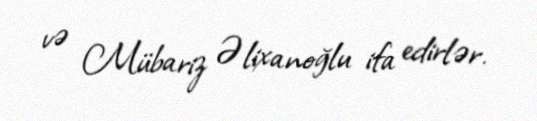
və Mübariz Əlixanoğlu ifa edirlər.